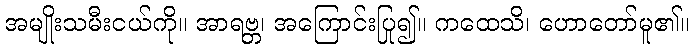
အမျိုးသမီးငယ်ကို။ အာရဗ္ဘ၊ အကြောင်းပြု၍။ ကထေသိ၊ ဟောတော်မူ၏။